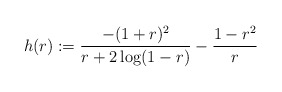
\begin{align*}h(r) := \frac{-(1+r)^{2}}{r + 2 \log(1-r)} -\frac{1-r^{2}}{r}\end{align*}